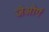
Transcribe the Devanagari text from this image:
जेओर्ग